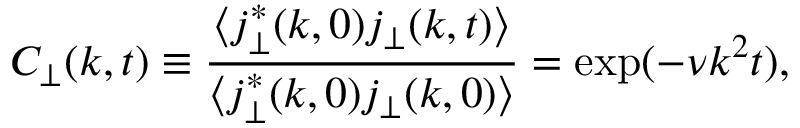
C _ { \perp } ( k , t ) \equiv \frac { \langle j _ { \perp } ^ { \ast } ( k , 0 ) j _ { \perp } ( k , t ) \rangle } { \langle j _ { \perp } ^ { \ast } ( k , 0 ) j _ { \perp } ( k , 0 ) \rangle } = \exp ( - \nu k ^ { 2 } t ) ,